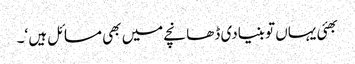
بھئی یہاں تو بنیادی ڈھانچے میں بھی مسائل ہیں ‘۔